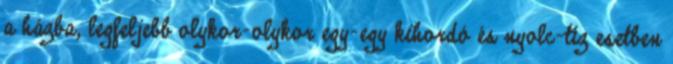
a házba, legfeljebb olykor-olykor egy-egy kihordó és nyolc-tíz esetben